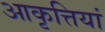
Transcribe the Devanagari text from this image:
आकृत्तियां